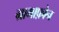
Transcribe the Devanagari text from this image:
ग्रामाफ़ोन